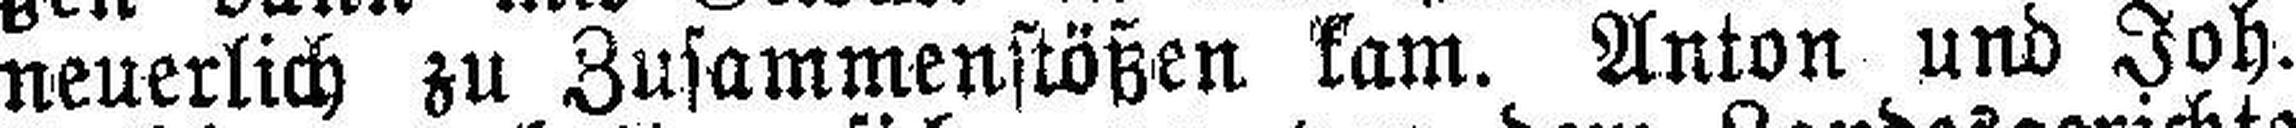
neuerlich zu Zusammenstößen kam. Anton und Joh.